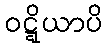
ဝဋ္ဋိယာပိ